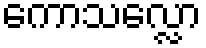
ကောသလ္လော